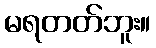
မရတတ်ဘူး။